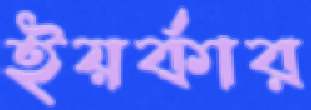
ইয়র্কার